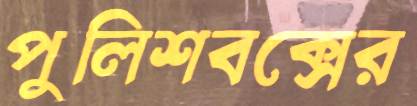
পুলিশবক্সের